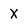
Character: X